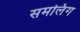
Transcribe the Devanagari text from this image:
समलिंग